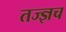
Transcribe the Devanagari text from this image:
तज्ज्ञच